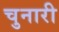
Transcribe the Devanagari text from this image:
चुनारी